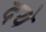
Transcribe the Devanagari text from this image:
दये